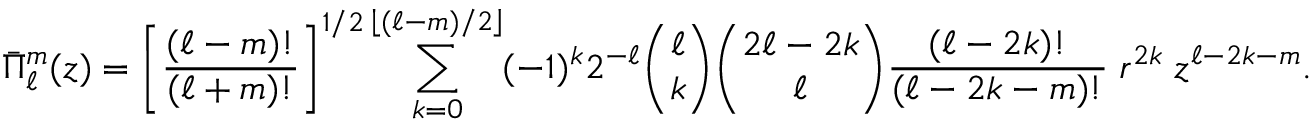
{ \bar { \Pi } } _ { \ell } ^ { m } ( z ) = \left[ { \frac { ( \ell - m ) ! } { ( \ell + m ) ! } } \right] ^ { 1 / 2 } \sum _ { k = 0 } ^ { \left\lfloor ( \ell - m ) / 2 \right\rfloor } ( - 1 ) ^ { k } 2 ^ { - \ell } { \binom { \ell } { k } } { \binom { 2 \ell - 2 k } { \ell } } { \frac { ( \ell - 2 k ) ! } { ( \ell - 2 k - m ) ! } } \; r ^ { 2 k } \; z ^ { \ell - 2 k - m } .